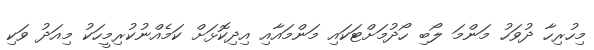
މިހުރިހާ ދުވަހު މަންމަ ލޯބި ހޯދުމަށްޓަކައި މަންމައާއި އިދިކޮޅަށް ކަމެއްނުކުރިމީހަކު މިއަދު ވަކި